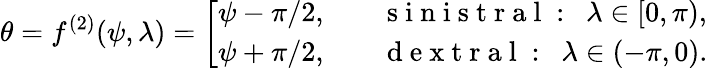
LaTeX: \theta=f^{(2)}(\psi,\lambda)=\left[\begin{array}{ll}{\psi-{\pi}/{2},}&{\quad\mathrm{~s~i~n~i~s~t~r~a~l~:~}\ {\lambda}\in[0,\pi),}\\ {\psi+{\pi}/{2},}&{\quad\mathrm{~d~e~x~t~r~a~l~:~}\ {\lambda}\in(-\pi,0).}\end{array}\right.